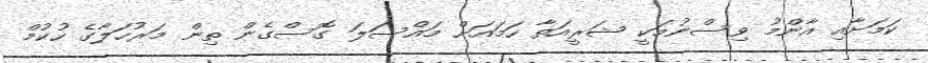
ކަމަށާއި އާންމު ވިސްނުމަކީ ޝަރީއަތާ ހަމައަށް މައްސަލަ ގޮސްގެން ތިން މަރުހަލާގެ ހުކުމް